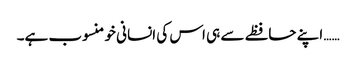
…… اپنے حافظے سے ہی اس کی انسانی خو منسوب ہے۔